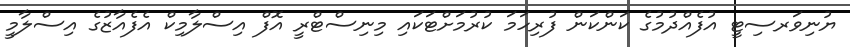
ޔުނިވަރސިޓީ އުފެއްދުމުގެ ކަންކަން ފުރިހަމަ ކުރުމަށްޓަކައި މިނިސްޓްރީ އޮފް އިސްލާމިކް އެފެއާޒުގެ އިސްލާމީ